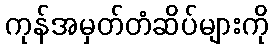
ကုန်အမှတ်တံဆိပ်များကို